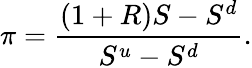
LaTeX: \pi={\frac{(1+R)S-S^{d}}{S^{u}-S^{d}}}.